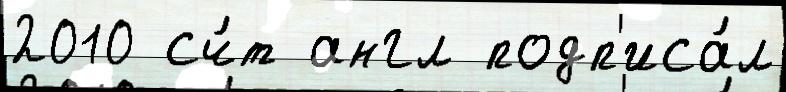
2010 сч́т англ подп'иса́л